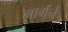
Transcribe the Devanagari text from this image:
मार्गने